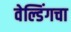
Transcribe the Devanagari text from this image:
वेल्डिंगचा